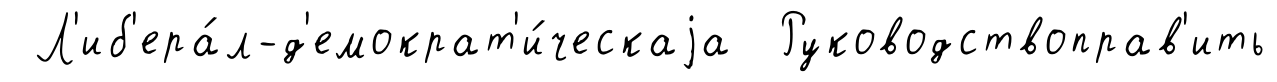
Л'иб'ера́л-д'емократ'и́ческаjа Руководствоправ'ить